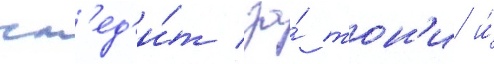
сл'ед'и́т за́ тон'и и́